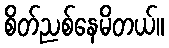
စိတ်ညစ်နေမိတယ်။